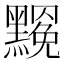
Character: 𪒣